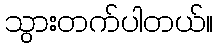
သွားတက်ပါတယ်။